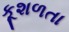
કૂશળતા